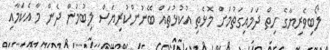
ލޯބިވެރިޔާގެ ހިތް ދަމައިގަތުމަށް މޮޅެތި އުކުޅުތައް ބޭނުންކުރިޔަސް ލިބުމުން ދެން މާ އެކަމާއި